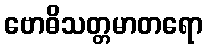
ဗောဓိသတ္တမာတရော